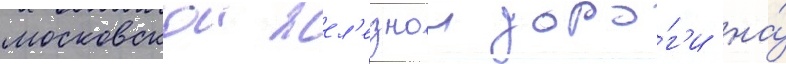
московскои жел'езнои доро́г'и на́